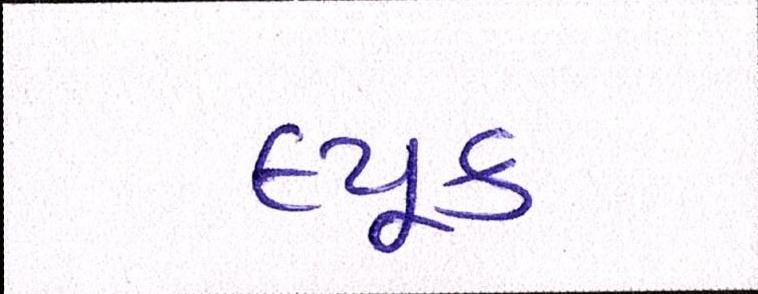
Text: લ્યૂક